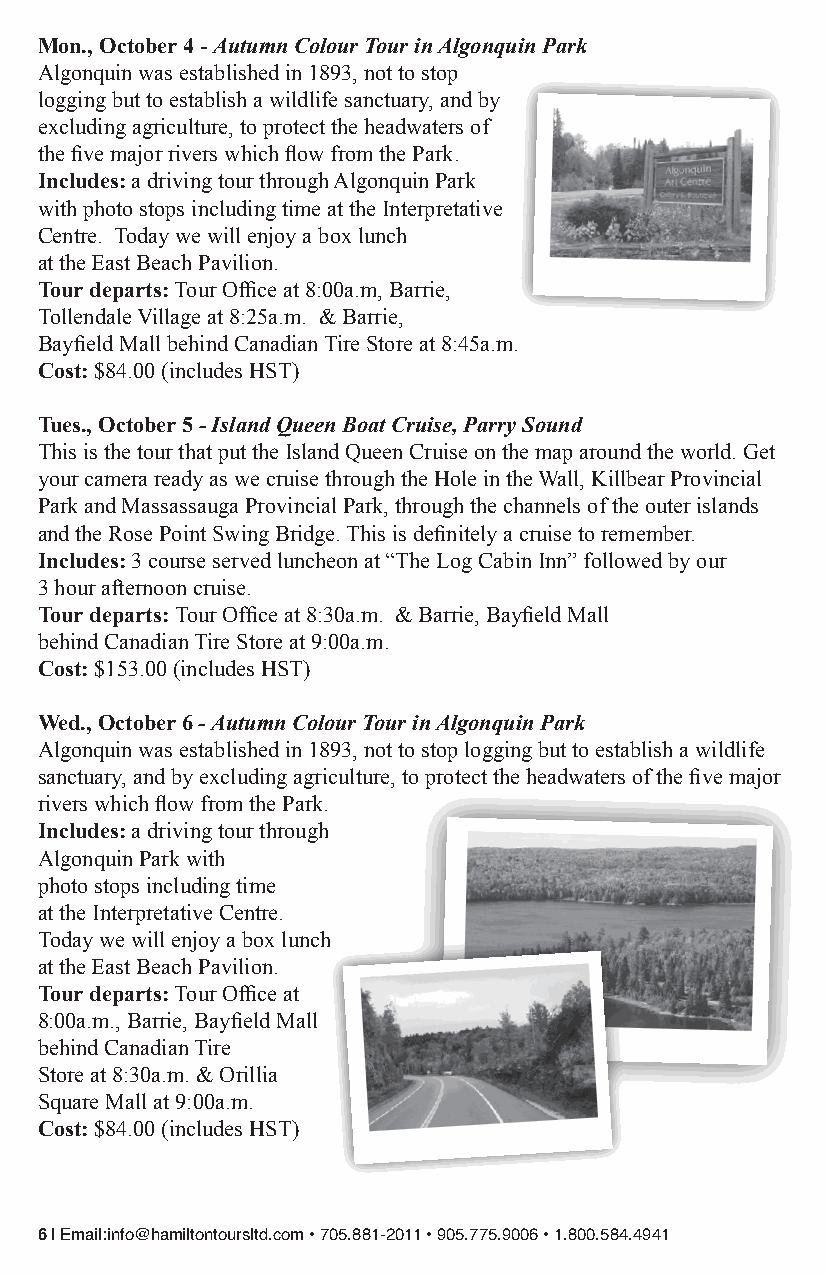
Mon., October 4 - Autumn Colour Tour in Algonquin Park
 Algonquin was established in 1893, not to stop
 logging but to establish a wildlife sanctuary, and by
 excluding agriculture, to protect the headwaters of
 the five major rivers which flow from the Park.
 Includes: a driving tour through Algonquin Park
 with photo stops including time at the Interpretative
 Centre. Today we will enjoy a box lunch
 at the East Beach Pavilion.
 Tour departs: Tour Office at 8:00a.m, Barrie,
 Tollendale Village at 8:25a.m. & Barrie,
 Bayfield Mall behind Canadian Tire Store at 8:45a.m.
 Cost: $84.00 (includes HST)
 Tues., October 5 - Island Queen Boat Cruise, Parry Sound
 This is the tour that put the Island Queen Cruise on the map around the world. Get
 your camera ready as we cruise through the Hole in the Wall, Killbear Provincial
 Park and Massassauga Provincial Park, through the channels of the outer islands
 and the Rose Point Swing Bridge. This is definitely a cruise to remember.
 Includes: 3 course served luncheon at “The Log Cabin Inn” followed by our
 3 hour afternoon cruise.
 Tour departs: Tour Office at 8:30a.m. & Barrie, Bayfield Mall
 behind Canadian Tire Store at 9:00a.m.
 Cost: $153.00 (includes HST)
 Wed., October 6 - Autumn Colour Tour in Algonquin Park
 Algonquin was established in 1893, not to stop logging but to establish a wildlife
 sanctuary, and by excluding agriculture, to protect the headwaters of the five major
 rivers which flow from the Park.
 Includes: a driving tour through
 Algonquin Park with
 photo stops including time
 at the Interpretative Centre.
 Today we will enjoy a box lunch
 at the East Beach Pavilion.
 Tour departs: Tour Office at
 8:00a.m., Barrie, Bayfield Mall
 behind Canadian Tire
 Store at 8:30a.m. & Orillia
 Square Mall at 9:00a.m.
 Cost: $84.00 (includes HST)
 6 | Email:info@hamiltontoursltd.com • 705.881-2011 • 905.775.9006 • 1.800.584.4941